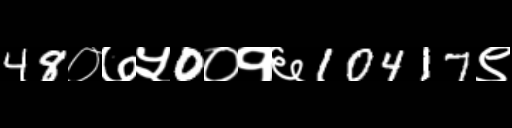
Text: 48०७५0०१६10417९